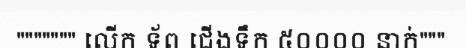
""""""" លើក ទ័ព ជើងទឹក ៥០០០០ នាក់"""